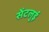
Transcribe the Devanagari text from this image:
सेंटलुई